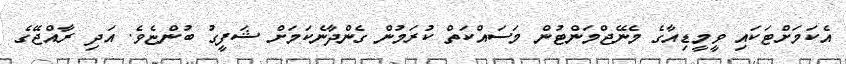
އެކަމަށްޓަކައި ވީމީޑިއާގެ މެނޭޖްމަންޓުން މަސައްކަތް ކުރަމުން ގެންދާނެކަމަށް ޝަފީގު ބުންޏެވެ. އަދި ރާއްޖޭގެ